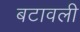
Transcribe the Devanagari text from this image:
बटावली